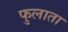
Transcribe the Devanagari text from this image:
फुलाता